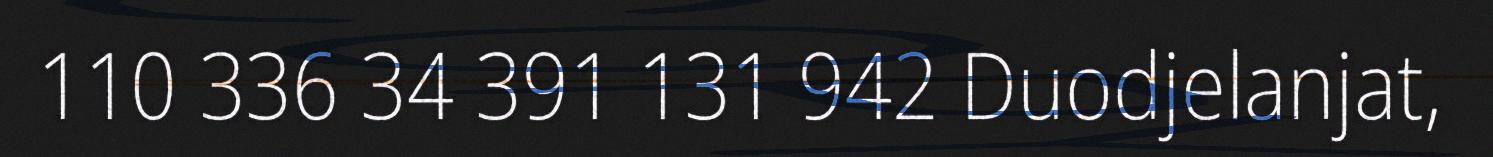
110 336 34 391 131 942 Duodjelanjat,